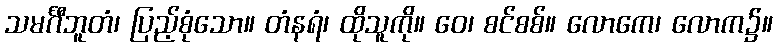
သမင်္ဂီဘူတံ၊ ပြည့်စုံသော။ တံနရံ၊ ထိုသူကို။ ဝေ၊ စင်စစ်။ လောကေ၊ လောက၌။